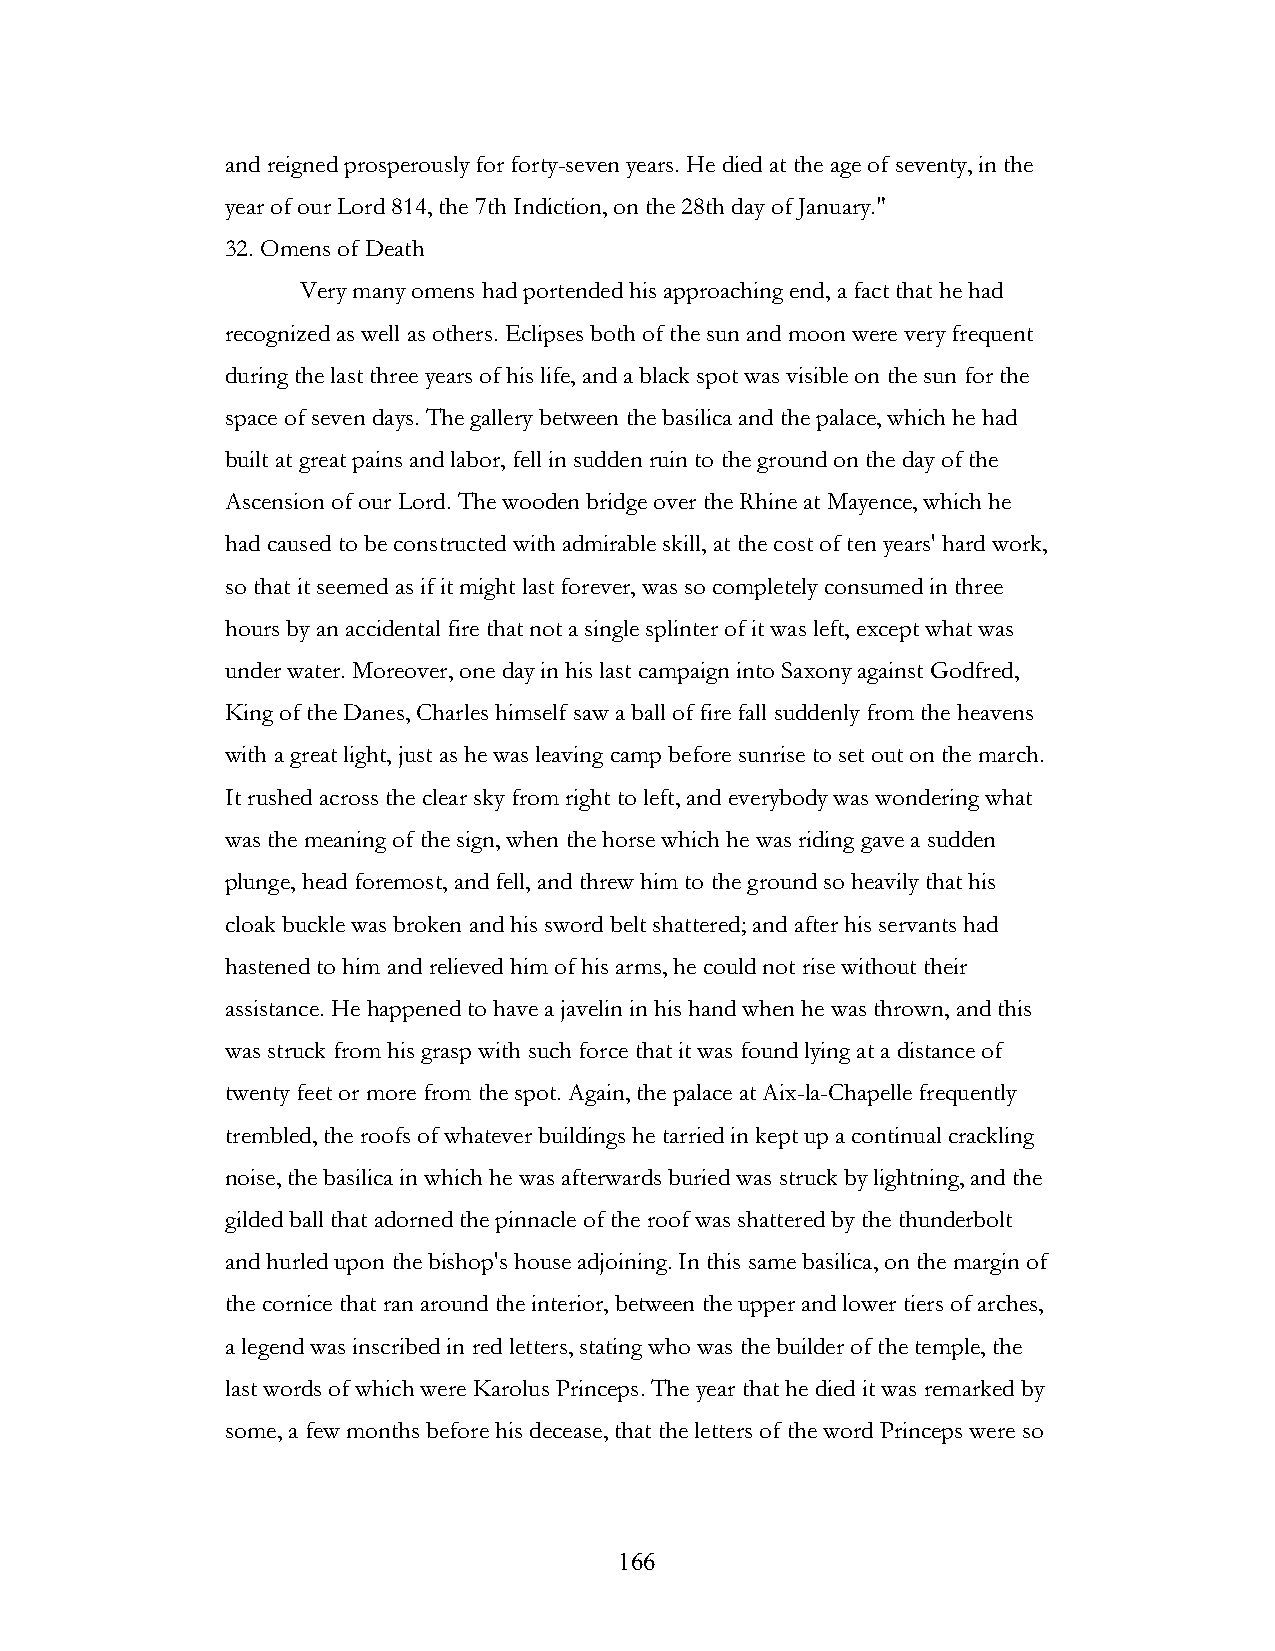
and reigned prosperously for forty-seven years. He died at the age of seventy, in the
 year of our Lord 814, the 7th Indiction, on the 28th day of January."
 32. Omens of Death
 Very many omens had portended his approaching end, a fact that he had
 recognized as well as others. Eclipses both of the sun and moon were very frequent
 during the last three years of his life, and a black spot was visible on the sun for the
 space of seven days. The gallery between the basilica and the palace, which he had
 built at great pains and labor, fell in sudden ruin to the ground on the day of the
 Ascension of our Lord. The wooden bridge over the Rhine at Mayence, which he
 had caused to be constructed with admirable skill, at the cost of ten years' hard work,
 so that it seemed as if it might last forever, was so completely consumed in three
 hours by an accidental fire that not a single splinter of it was left, except what was
 under water. Moreover, one day in his last campaign into Saxony against Godfred,
 King of the Danes, Charles himself saw a ball of fire fall suddenly from the heavens
 with a great light, just as he was leaving camp before sunrise to set out on the march.
 It rushed across the clear sky from right to left, and everybody was wondering what
 was the meaning of the sign, when the horse which he was riding gave a sudden
 plunge, head foremost, and fell, and threw him to the ground so heavily that his
 cloak buckle was broken and his sword belt shattered; and after his servants had
 hastened to him and relieved him of his arms, he could not rise without their
 assistance. He happened to have a javelin in his hand when he was thrown, and this
 was struck from his grasp with such force that it was found lying at a distance of
 twenty feet or more from the spot. Again, the palace at Aix-la-Chapelle frequently
 trembled, the roofs of whatever buildings he tarried in kept up a continual crackling
 noise, the basilica in which he was afterwards buried was struck by lightning, and the
 gilded ball that adorned the pinnacle of the roof was shattered by the thunderbolt
 and hurled upon the bishop's house adjoining. In this same basilica, on the margin of
 the cornice that ran around the interior, between the upper and lower tiers of arches,
 a legend was inscribed in red letters, stating who was the builder of the temple, the
 last words of which were Karolus Princeps. The year that he died it was remarked by
 some, a few months before his decease, that the letters of the word Princeps were so
 !                         166